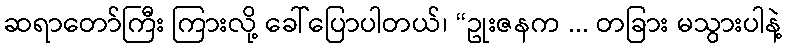
ဆရာတော်ကြီး ကြားလို့ ခေါ်ပြောပါတယ်၊ “ဥုးဇနက ... တခြား မသွားပါနဲ့